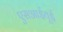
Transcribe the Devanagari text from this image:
एसआईयूई